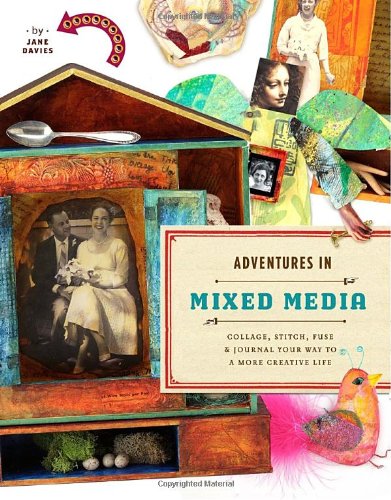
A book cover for Adventures in Mixed Media: Collage, Stitch, Fuse, and Journal Your Way to a More Creative Life; Jane Davies; Crafts, Hobbies & Home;